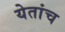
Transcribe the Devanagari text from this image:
येतांच